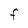
Character: F